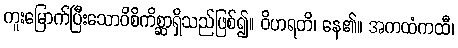
ကူးမြောက်ပြီးသောဝိစိကိစ္ဆာရှိသည်ဖြစ်၍။ ဝိဟရတိ၊ နေ၏။ အကထံကထီ၊